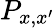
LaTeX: P_{x,x^{\prime}}